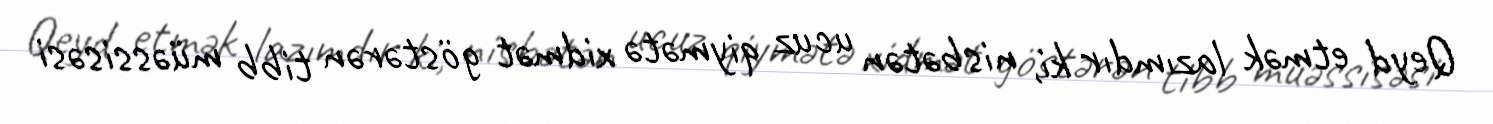
Qeyd etmək lazımdır ki, nisbətən ucuz qiymətə xidmət göstərən tibb müəssisəsi